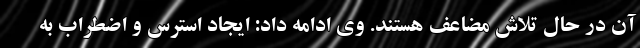
آن در حال تلاش مضاعف هستند. وی ادامه داد: ایجاد استرس و اضطراب به